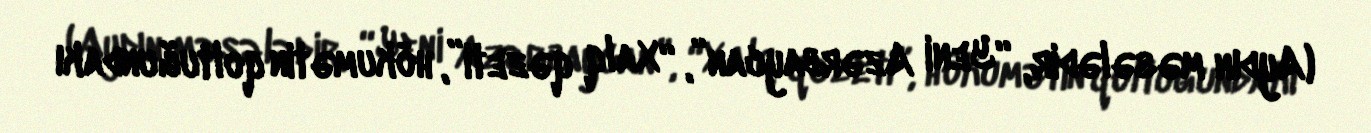
(Aydın məsələdir, “Yeni Azərbaycan”, “Xalq qəzeti”, hökumətin qoltuğundakı